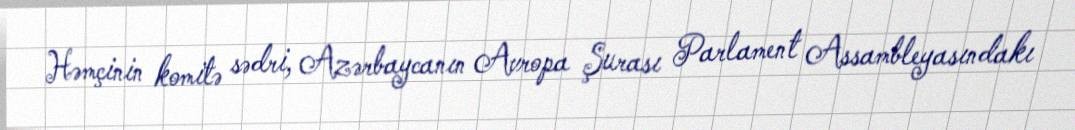
Həmçinin komitə sədri, Azərbaycanın Avropa Şurası Parlament Assambleyasındakı